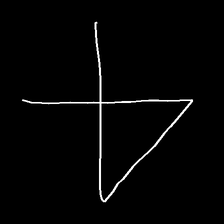
Glyph: collection